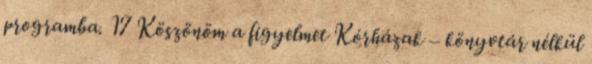
programba. 17 Köszönöm a figyelmet Kórházak – könyvtár nélkül